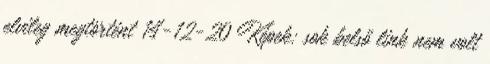
elvileg megtörtént 14-12-20 Képek: sok belső link nem volt